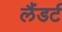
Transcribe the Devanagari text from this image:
लैंडर्ट